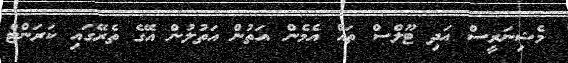
މެޝިނަރީސް އަދި ޓޫލްސް ތައް އެމެން އަތުން އަތުލުން އޭގެ ތެރޭގައި ކަރަންޓް